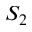
S _ { 2 }